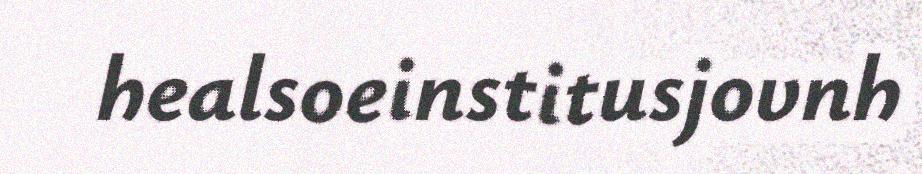
healsoeinstitusjovnh